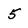
Character: 5